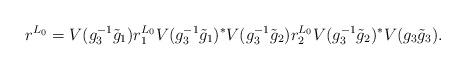
LaTeX: \begin{align*} r^{L_0} = V(g_3^{-1}\tilde g_1)r_1^{L_0}V(g_3^{-1}\tilde g_1)^*V(g_3^{-1}\tilde g_2)r_2^{L_0}V(g_3^{-1}\tilde g_2)^* V(g_3\tilde g_3). \end{align*}